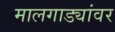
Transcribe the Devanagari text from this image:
मालगाड्यांवर